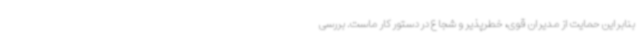
بنابراین حمایت از مدیران قوی، خطرپذیر و شجاع در دستور کار ماست. بررسی